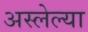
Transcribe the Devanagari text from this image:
अस्लेल्या